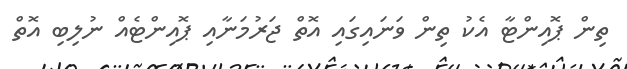
ތިން ޕޮއިންޓާ އެކު ތިން ވަނައިގައި އޮތް ޖަރުމަނާއި ޕޮއިންޓެއް ނުލިބި އޮތް